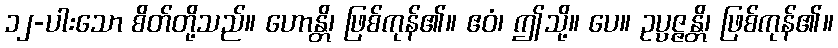
၁၂-ပါးသော စိတ်တို့သည်။ ဟောန္တိ၊ ဖြစ်ကုန်၏။ ဧဝံ၊ ဤသို့။ ပေ။ ဥပ္ပဇ္ဇန္တိ၊ ဖြစ်ကုန်၏။